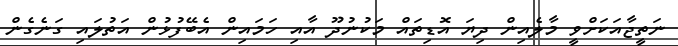
ނަތީޖާއަކަށްވީ މާލެއިން ދިޔަ އޮޑިތައް މަކުނުދޫ އާއި ހަމައިން އެބޭފުޅުން އަތުލައި ގަނެގެން